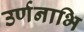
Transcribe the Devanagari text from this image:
उर्णनाभि